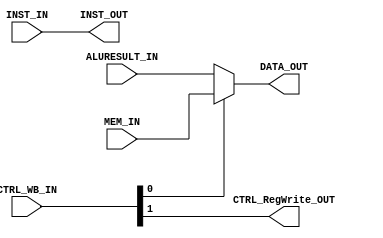
module RV32I_WB(input wire [1:0] CTRL_WB_IN, input wire [31:0] MEM_IN, input wire [31:0] ALURESULT_IN, input wire [31:0] INST_IN, output wire [0:0] CTRL_RegWrite_OUT, output wire [31:0] INST_OUT, output wire [31:0] DATA_OUT);
	//CTRL_WB_IN = {regwrite, memtoReg}
	assign DATA_OUT = (CTRL_WB_IN[0] == 1) ? MEM_IN : ALURESULT_IN;
	assign CTRL_RegWrite_OUT = CTRL_WB_IN[1];
	assign INST_OUT = INST_IN;
endmodule